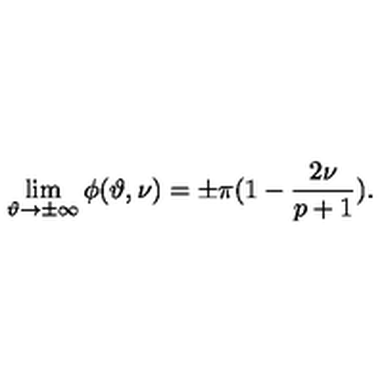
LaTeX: \lim _ { \vartheta \rightarrow \pm \infty } \phi ( \vartheta , \nu ) = \pm \pi ( 1 - \displaystyle \frac { 2 \nu } { p + 1 } ) .